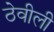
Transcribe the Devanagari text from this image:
ठेवीली